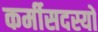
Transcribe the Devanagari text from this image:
कर्मीसदस्यों